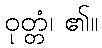
ဝုတ္တံ၊ ၏။